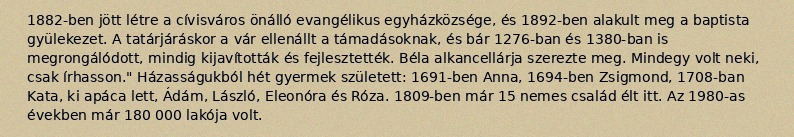
1882-ben jött létre a cívisváros önálló evangélikus egyházközsége, és 1892-ben alakult meg a baptista gyülekezet. A tatárjáráskor a vár ellenállt a támadásoknak, és bár 1276-ban és 1380-ban is megrongálódott, mindig kijavították és fejlesztették. Béla alkancellárja szerezte meg. Mindegy volt neki, csak írhasson." Házasságukból hét gyermek született: 1691-ben Anna, 1694-ben Zsigmond, 1708-ban Kata, ki apáca lett, Ádám, László, Eleonóra és Róza. 1809-ben már 15 nemes család élt itt. Az 1980-as években már 180 000 lakója volt.